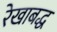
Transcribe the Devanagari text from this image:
रेखाबद्ध